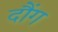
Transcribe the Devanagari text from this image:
दौंग